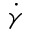
\dot { \gamma }